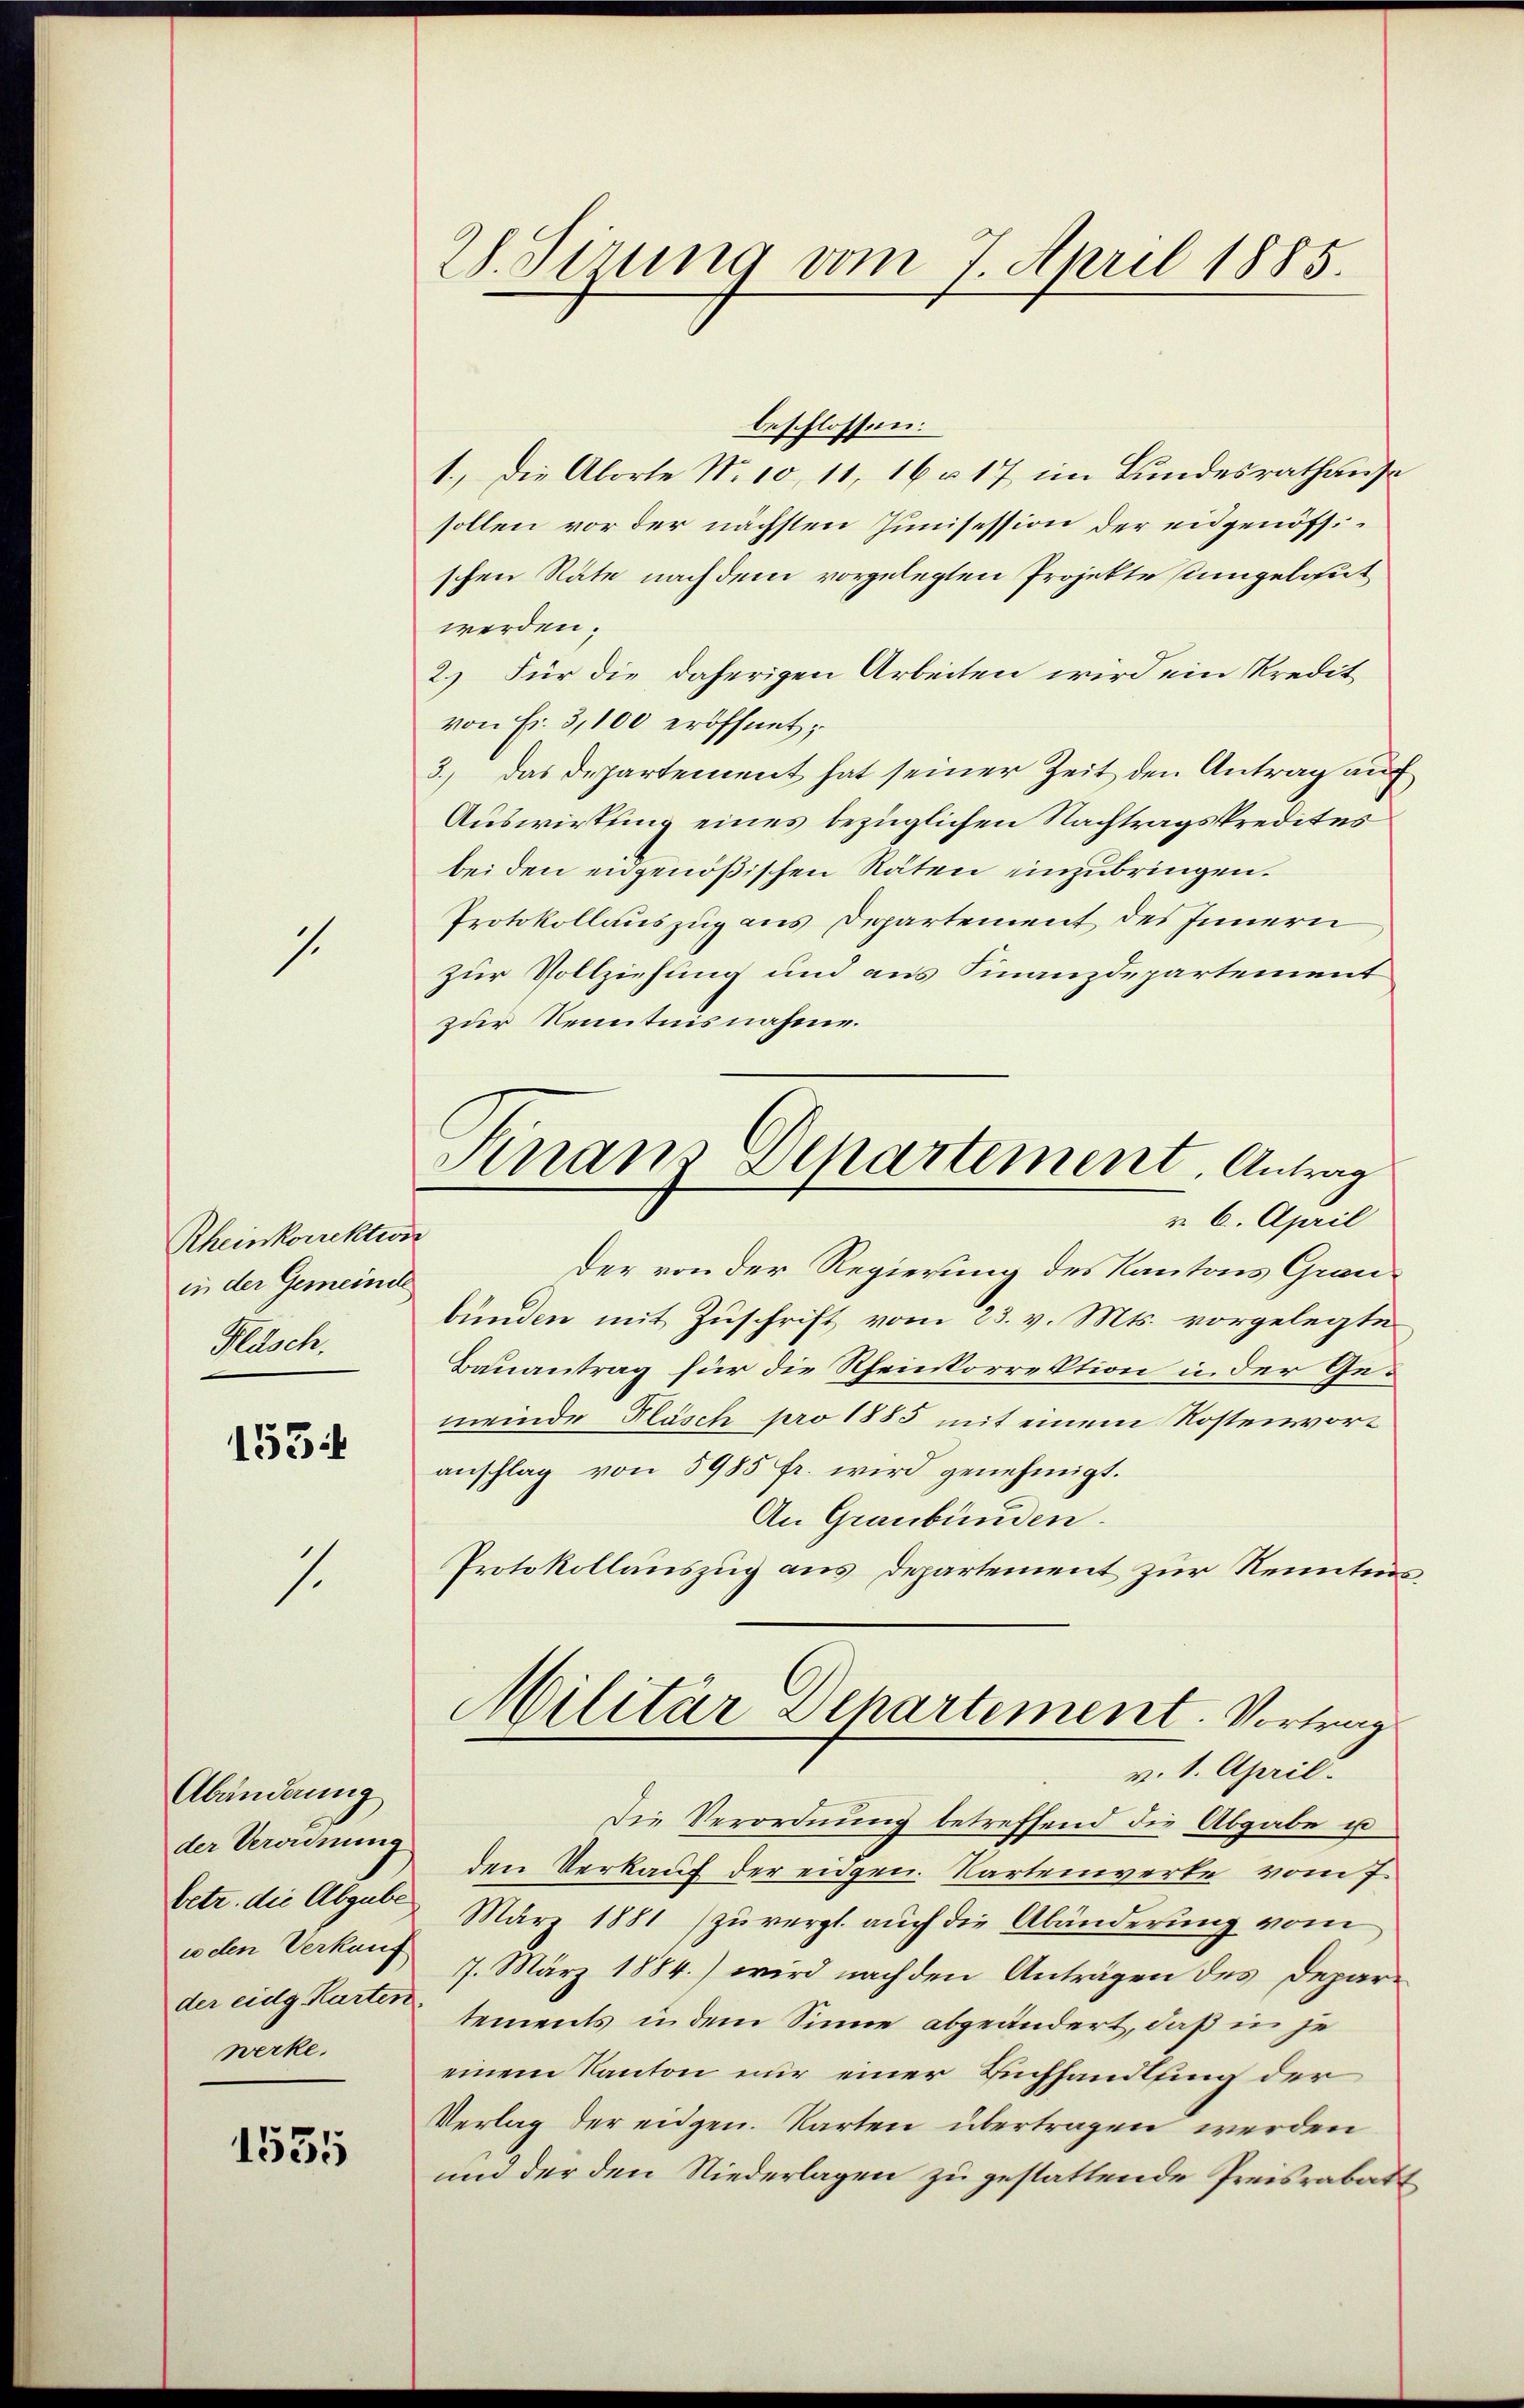
.

Rheinkorrektion
in der Gemeinde
Flasch,

153

1.

Abänderung
der Verordnung
celen Verkauf
der eidg. Karten
werke.

1535

W.Sirung vom 7. April 1885.

beschlossen:
1.) Die Aborte No. 10, 11, 16 u. 17 im Bundesrathause
sollen vor der nächsten Junisession der eidgenössischen Räte nach dem vorgelegten Projekte sumgelgut
werden.
2.) Für die daherigen Arbeiten wird ein Kredit
von Fr. 3,100 eröffnet;
3.) Das Departement hat seiner Zeit den Antrag auch
Auswirkung eines bezüglichen Nachtragskredites
bei den eidgenößischen Räten unzubringen.
Protokollauszug aus Departement des Innern
zur Vollziehung und aus Finanzdepartement
zur Kenntnisnahme.
v. 6. April
Der von der Regierung des Kantons Graubunden mit Zuschrift vom 23. v. Mts. vorgelegte
Bauantrag für die Rheinkorrektion i. der Gemeinde Flösch pro 1885 mit einem Kostenvoranschlag von 5985 fr. wird genehmigt.
An Graubünden.
Protokollauszug aus Departement zur Kenntnis¬
Militär Departement. Vortrag
v. 1. April.
Die Verordnung betreffend die Abgabe u
den Verkaŭf der eidgen. Kartenwerte vom 7.
betr. die Abgab März 1881 / zŭ vergl. aŭch die Abänderŭng vom
7. März 1884) wird nach den Anträgen des Departements in dem Sinne abgeändert, daß in je
einem Kanton nur einer Buchhandlung der
Verlag der eidgen. Karten übertragen werden
und der den Niederlagen zu gestattende Preisrabatt

Finanz Departement. Antrag